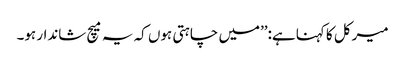
میرکل کا کہنا ہے:’’میں چاہتی ہوں کہ یہ میچ شاندار ہو۔